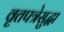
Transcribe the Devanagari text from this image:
वृतपत्रेसुद्धा